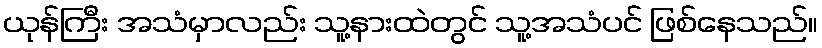
ယုန်ကြီး အသံမှာလည်း သူ့နားထဲတွင် သူ့အသံပင် ဖြစ်နေသည်။